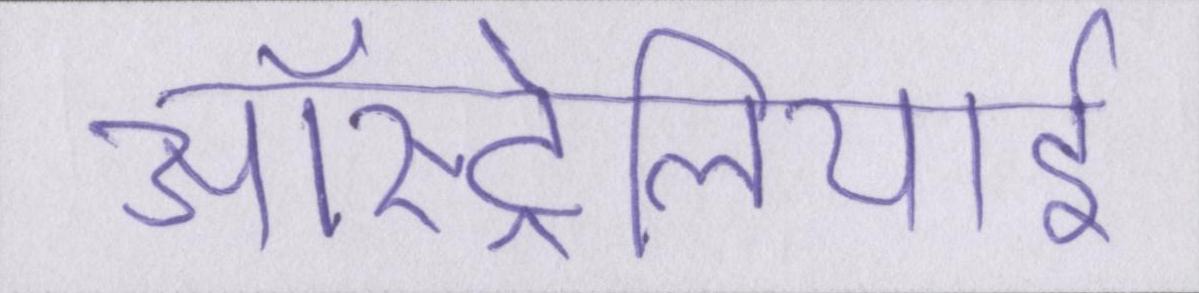
ऑस्ट्रेलियाई